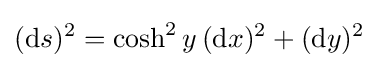
(\mathrm {d} s)^{2}=\cosh ^{2}y\,(\mathrm {d} x)^{2}+(\mathrm {d} y)^{2}